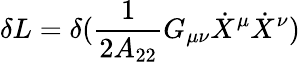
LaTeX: \delta L=\delta(\frac{1}{2A_{22}}G_{\mu\nu}\dot{X}^{\mu}\dot{X}^{\nu})